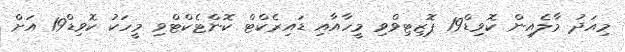
މިއަދު މާލެއިން ކޮވިޑް19 ޕޮޒިޓިވްވި މީހާއާއި ޑައިރެކްޓް ކޮންޓެކްޓްވި މީހަކު ކޮވިޑް19 އަށް